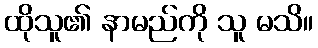
ထိုသူ၏ နာမည်ကို သူ မသိ။